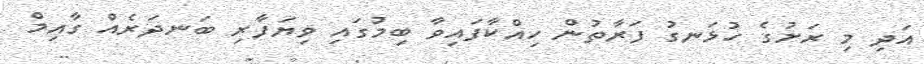
އަދި މި ރަށުގެ ހުޅަނގު ފަރާތުން ހިއްކާފައިވާ ބިމުގައި ވިޔަފާރި ބަނދަރެއް ގާއިމް